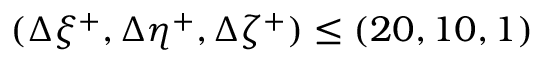
( \Delta \xi ^ { + } , \Delta \eta ^ { + } , \Delta \zeta ^ { + } ) \leq ( 2 0 , 1 0 , 1 )